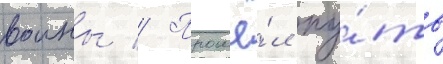
воины // Прошё́л пу́ть